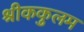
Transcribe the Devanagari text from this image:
श्रीककुलम